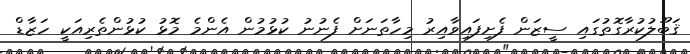
ޤަބޫލުކުރާގޮތުގައި ސީޒަން ފެށިފައިވާއިރު މިހާތަނަށް ފެނުނު ކުޅުމުން އެންމެ މޮޅު ކުޅުންތެރިއަކީ ހަޒާޑް